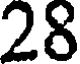
28